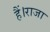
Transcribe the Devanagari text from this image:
हैं।राजा